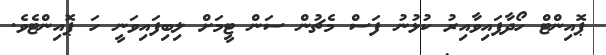
ޕޮއިންޓް ހޯދާފައިވާއިރު ކުޅުނު ފަސް މެޗުން ސަން ޓީމަށް ލިބިފައިވަނީ ހަ ޕޮއިންޓެވެ.